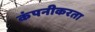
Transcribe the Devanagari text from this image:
कंपनीकरता